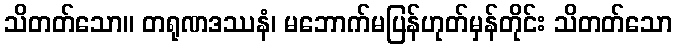
သိတတ်သော။ တရုဏဒဿနံ၊ မဘောက်မပြန်ဟုတ်မှန်တိုင်း သိတတ်သော